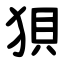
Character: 狽